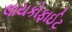
લાયકોફાઈટ